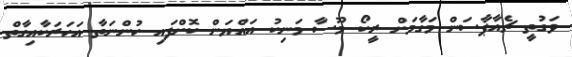
ވަގުތީ ޗެއާޕާސަން މަގާމަށް ރީކޯ މޫސާ މަނިކު އައްޔަން ކޮށްފައި ހުންނަތާ އަހަރަކާއިގާތް